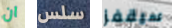
ان سلس سيقفز